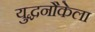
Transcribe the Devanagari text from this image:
युद्धनौकेला